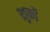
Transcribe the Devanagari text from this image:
शुकों